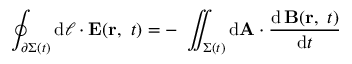
\oint _ { \partial \Sigma ( t ) } \mathrm { d } { \boldsymbol { \ell } } \cdot \mathbf { E } ( \mathbf { r } , \ t ) = - \ \iint _ { \Sigma ( t ) } \mathrm { d } \mathbf { A } \cdot { \frac { \mathrm { d } \, \mathbf { B } ( \mathbf { r } , \ t ) } { \mathrm { d } t } }